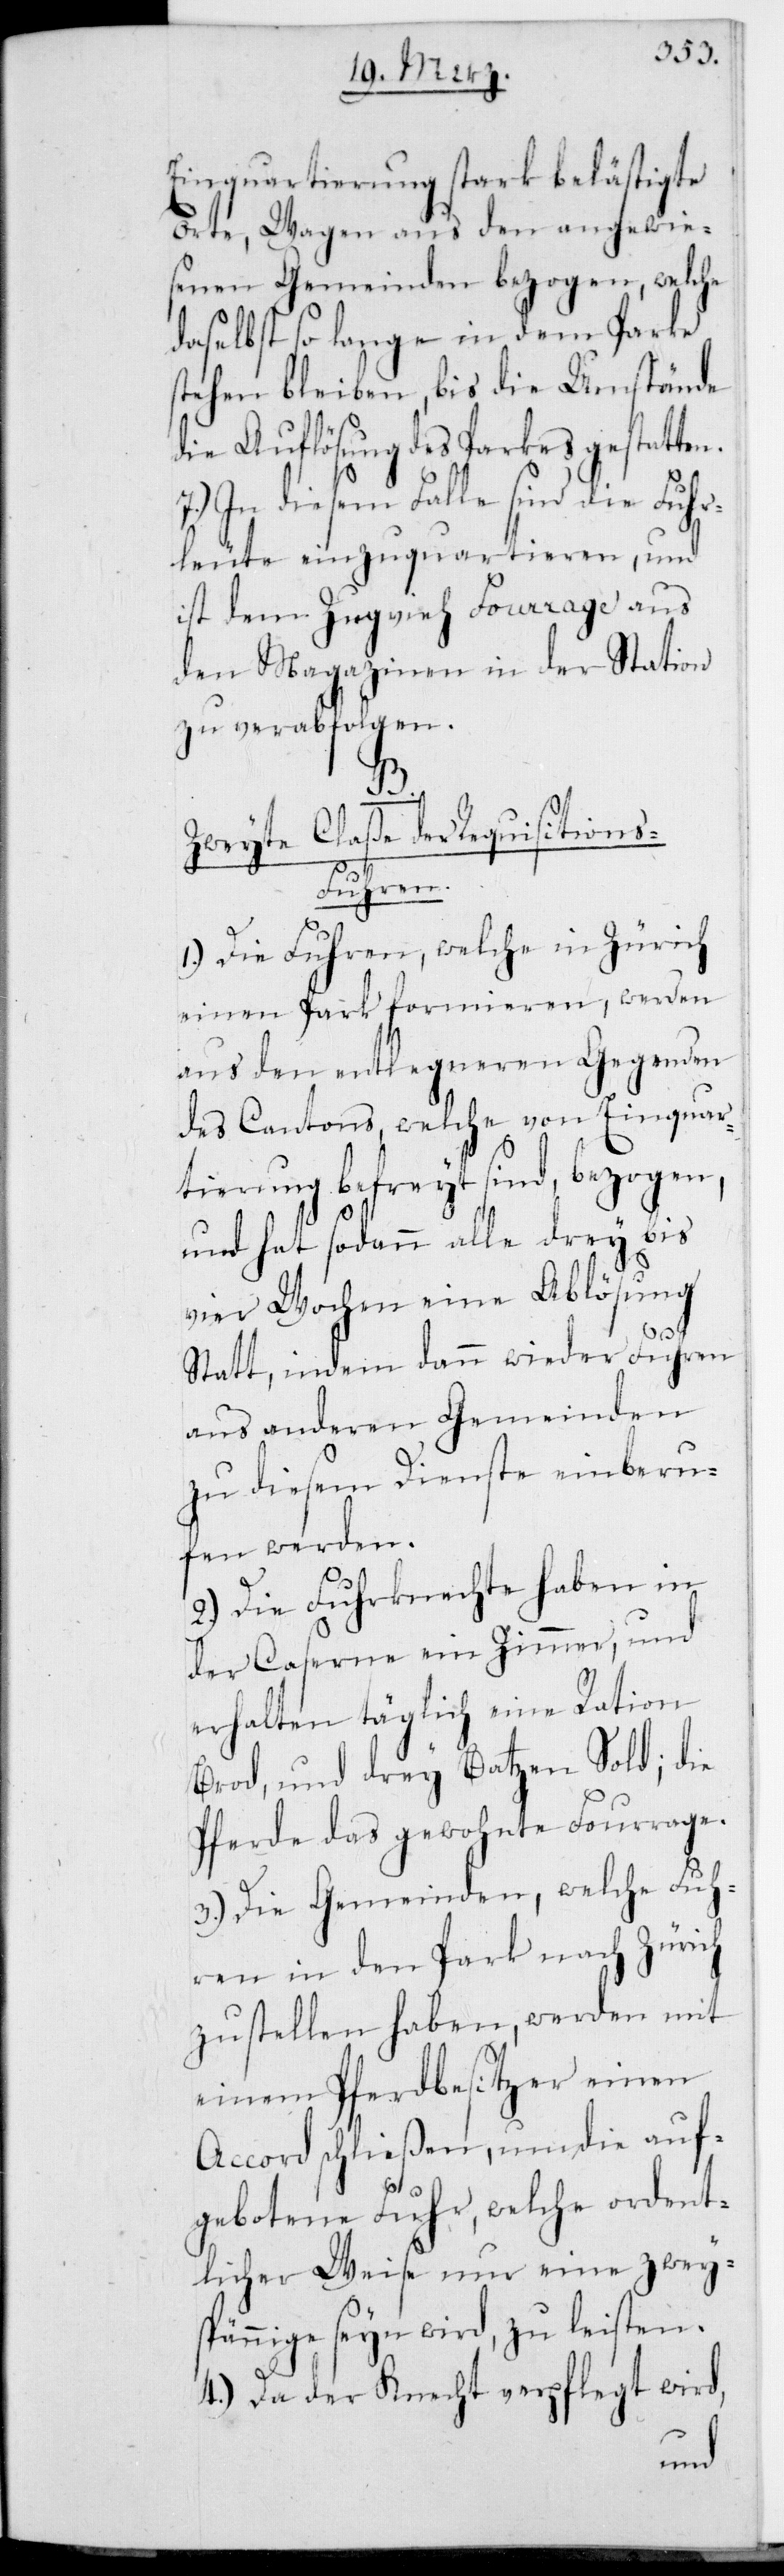
Einquartierung stark belästigte
Orte, Wagen aus den angewie¬
senen Gemeinden bezogen, welche
daselbst so lange in dem Parke
stehen bleiben, bis die Umstände
die Auflösung des Parkes gestatten.
In diesem Falle sind die Fuh¬
rleute einzuquartieren, und
ist dem Zugvieh Fourrage aus
den Magazinen in der Station
zu verabfolgen.
B.
Zweyte Claße der Requisitions-F¬
uhren.
1.) Die Fuhren, welche in Zürich
einen Park formieren, werden
aus den entlegneren Gegenden
des Cantons, welche von Einquar¬
tierung befreit sind, bezogen,
und hat sodann alle drey bis
vier Wochen eine Ablösung
statt, indem dann wieder Fuhren
aus anderen Gemeinden
zu diesem Dienste einberu¬
fen werden.
2.) Die Fuhrknechte haben in
der Caserne ein Zimmer, und
erhalten täglich eine Ration
Brod und drey Batzen Sold; die
Pferde das gewohnte Fourrage.
3.) Die Gemeinden, welche Fuh¬
ren in den Park nach Zürich
zu stellen haben, werden mit
einem Pferdbesitzer einen
Accord schließen, um die auf¬
gebotene Fuhr, welche ordent¬
licher Weise nur eine zweys¬
pännige sein wird, zu leisten.
4.) Da der Knecht verpflegt wird,